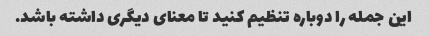
این جمله را دوباره تنظیم کنید تا معنای دیگری داشته باشد.